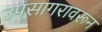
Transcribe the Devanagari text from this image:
उपसागरावरून